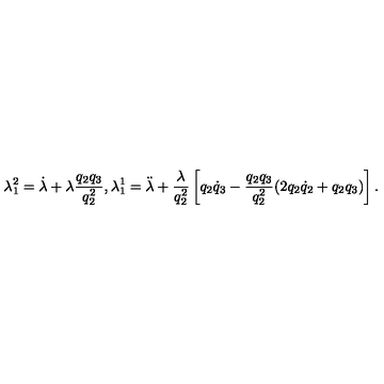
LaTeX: \lambda _ { 1 } ^ { 2 } = \dot { \lambda } + \lambda \frac { q _ { 2 } q _ { 3 } } { q _ { 2 } ^ { 2 } } , \lambda _ { 1 } ^ { 1 } = \ddot { \lambda } + \frac { \lambda } { q _ { 2 } ^ { 2 } } \left[ q _ { 2 } { \dot { q } } _ { 3 } - \frac { q _ { 2 } q _ { 3 } } { q _ { 2 } ^ { 2 } } ( 2 q _ { 2 } { \dot { q } } _ { 2 } + q _ { 2 } q _ { 3 } ) \right] .